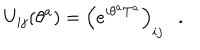
LaTeX: U _ { i j } ( \theta ^ { a } ) = \left( e ^ { i \theta ^ { a } T ^ { a } } \right) _ { i j } \ \ \ .